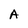
Character: A